Annual report on the Civil Veterinary Department, Burma (including the Insein Veterinary School) - 1910-1922
Year: 1910
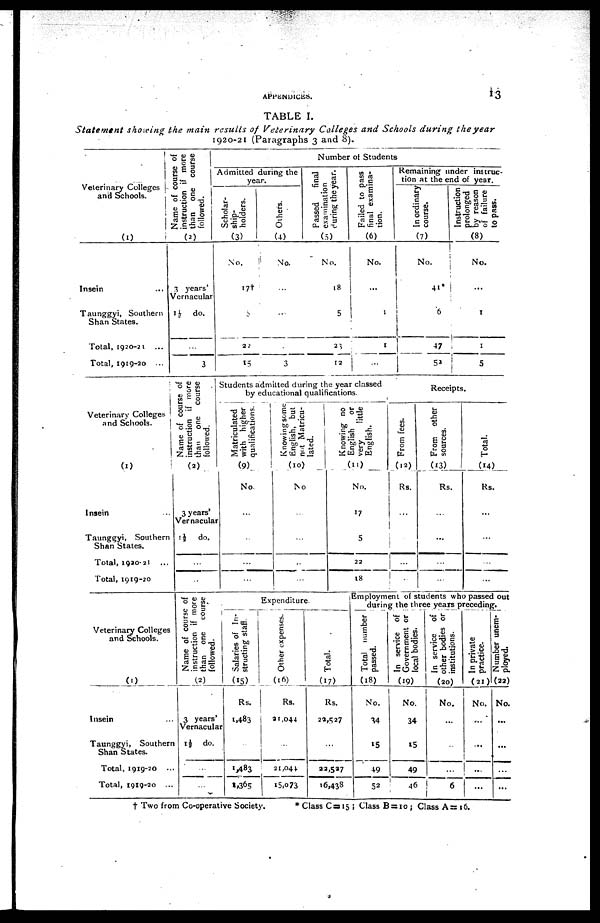
APPENDICES.
13
TABLE I.
Statement showing the main results of Veterinary Colleges and Schools during the year
1920-21 (Paragraphs 3 and 8).
Veterinary Colleges
and Schools.
(1)
Insein ...
Taunggyi, Southern
Shan States.
Total, 1920-21 ...
Total, 1919-20 ...
Name of course of
instruction if more
than one course
followed.
(2)
3 years'
Vernacular
1½ do.
...
3
Number of Students
Admitted during the
year.
Scholar-
ship-
holders.
(3)
No.
17†
5
22
15
Others.
(4)
No.
...
...
..
3
Passed
final
examination
during the year.
(5)
No.
18
5
23
12
Failed to pass
final examina-
tion.
(6)
No.
...
1
1
...
Remaining under instruc-
tion at the end of year.
In ordinary
course.
(7)
No.
41*
6
47
52
Instruction
prolonged
by reason
of failure
to pass.
(8)
No.
...
1
1
5
Veterinary Colleges
and Schools.
(1)
Insein ...
Taunggyi, Southern
Shan States.
Total, 1920-21 ...
Total, 1919-20
Name of course of
instruction if more
than one course
followed.
(2)
3 years'
Vernacular
1½ do.
...
...
Students admitted during the year classed
by educational qualifications.
Matriculated
with higher
qualifications.
(9)
No.
...
...
...
...
Knowing some
English, but
net Matricu-
lated.
(10)
No
...
...
...
...
Knowing no
English or
very
little
English.
(11)
No.
17
5
22
18
Receipts.
From fees.
(12)
Rs.
...
...
...
...
From other
sources.
(13)
Rs.
...
...
...
...
Total.
(14)
Rs.
...
...
...
...
Veterinary Colleges
and Schools.
(1)
Insein ...
Taunggyi, Southern
Shan States.
Total, 1919-20 ...
Total, 1919-20 ...
Name of course of
instruction if more
than one course
followed.
(2)
3 years'
Vernacular
1½ do.
...
...
Expenditure.
Salaries of In-
structing staff.
(15)
Rs.
1,483
...
1,483
1,365
Other expenses.
(16)
Rs.
21,044
...
21,044
15,073
Total.
(17)
Rs.
22,527
...
22,527
16,438
Employment of students who passed out
during the three years preceding.
Total number
passed.
(18)
No.
34
15
49
52
In service of
Government or
local bodies.
(19)
No.
34
15
49
46
In service of
other bodies or
institutions.
(20)
No.
...
...
...
6
In private
practice.
(21)
No.
...
...
...
...
Number unem-
ployed.
(22)
No.
...
...
...
...
† Two from Co-operative Society.
* Class C = 15 ; Class B = 10 ; Class A=16.